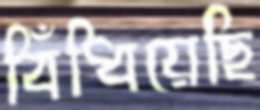
বিঁধিয়েছি